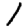
Digit: 1